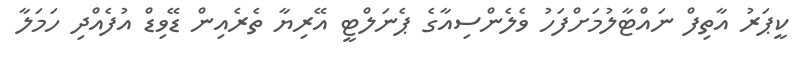
ކީޕަރު އާާތިފް ނައްޓާލުމަށްފަހު ވެލެންސިއާގެ ޕެނަލްޓީ އޭރިޔާ ތެރެއިން ޑޭވިޑް އުފެއްދި ހަމަލާ